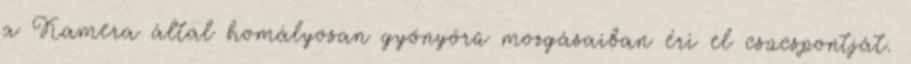
a Kamera által homályosan gyönyörű mozgásaiban éri el csúcspontját.